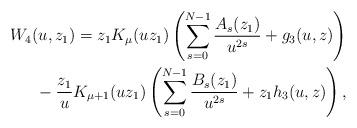
LaTeX: \begin{align*}W_4(u,z_1)=z_1K_\mu(uz_1)\left(\sum_{s=0}^{N-1} \frac{A_s(z_1)}{u^{2s}}+g_3(u,z)\right)\\\hphantom{W_4(u,z_1)=}{}-\frac{z_1}{u}K_{\mu+1}(uz_1)\left(\sum_{s=0}^{N-1} \frac{B_s(z_1)}{u^{2s}}+z_1h_3(u,z)\right),\end{align*}